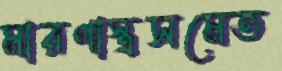
মারণাস্ত্রসমেত